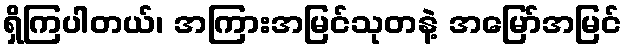
ရှိကြပါတယ်၊ အကြားအမြင်သုတနဲ့ အမြော်အမြင်